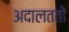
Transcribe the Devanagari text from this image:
अदालततों